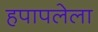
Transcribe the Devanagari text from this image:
हपापलेला